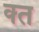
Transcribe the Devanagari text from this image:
क्‍त